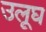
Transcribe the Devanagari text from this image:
उलूघ